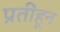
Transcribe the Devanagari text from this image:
प्रतींहून